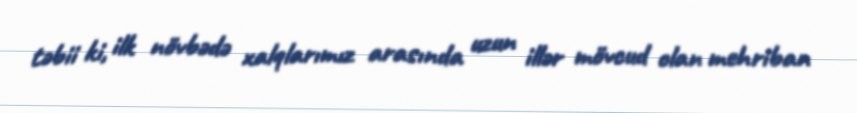
təbii ki, ilk növbədə xalqlarımız arasında uzun illər mövcud olan mehriban